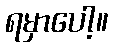
ရမှာပေါ့။